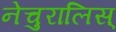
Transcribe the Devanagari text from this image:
नेचुरालिस्